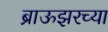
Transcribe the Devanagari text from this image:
ब्राऊझरच्या